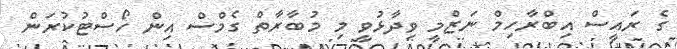
ގެ ރައީސް އިބްރާހިމް ނަޒްމީ ވިދާޅުވީ މި މުބާރާތް ގެމްސް އިން ހޯސްޓުކުރަން